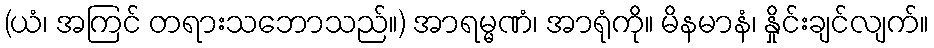
(ယံ၊ အကြင် တရားသဘောသည်။) အာရမ္မဏံ၊ အာရုံကို။ မိနမာနံ၊ နှိုင်းချင်လျက်။